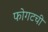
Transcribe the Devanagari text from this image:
फोगटची